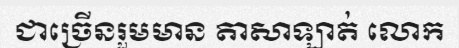
ជាច្រើនរួមមាន តាសាឡាត់ លោក